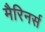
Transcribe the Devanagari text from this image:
मैरिनर्स